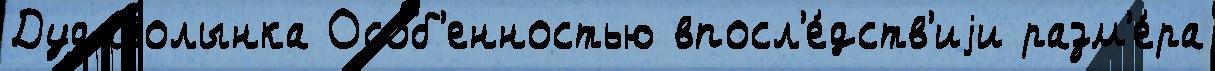
Дудаволынка Осо́б'енностью впосл'е́дств'иjи разм'е́ра